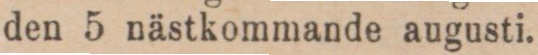
den 5 nästkommande augusti.